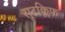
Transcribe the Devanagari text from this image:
सूटक्लिफ